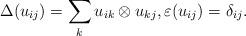
LaTeX: \begin{align*}\Delta(u_{ij}) = \sum_k u_{ik} \otimes u_{kj}, \varepsilon(u_{ij}) = \delta_{ij}.\end{align*}